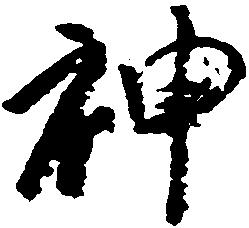
神